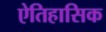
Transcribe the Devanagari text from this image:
ऐतिहासिक